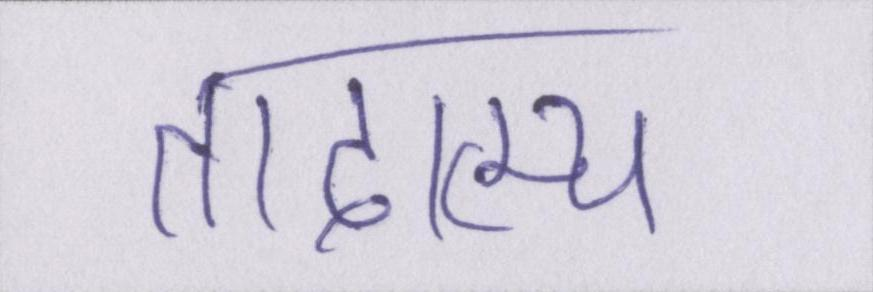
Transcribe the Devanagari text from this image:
तादात्म्य